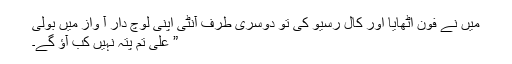
میں نے فون اٹھایا اور کال رسیو کی تو دوسری طرف آنٹی اپنی لوچ دار آ واز میں بولی
” علی تم پتہ نہیں کب آﺅ گے۔